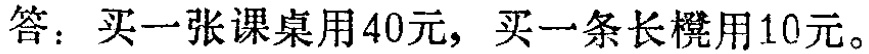
答：买一张课桌用\(40\)元，买一条长凳用\(10\)元。